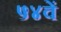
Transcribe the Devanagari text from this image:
५४वें